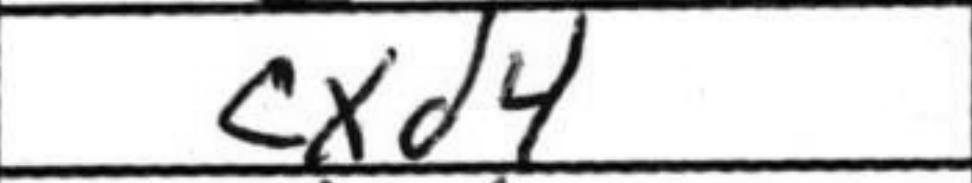
Transcription: cxd4